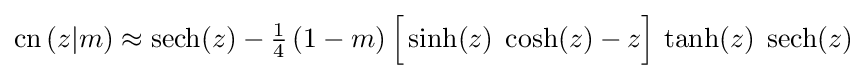
\operatorname {cn} \left(z|m\right)\approx \operatorname {sech} (z)-{\tfrac {1}{4}}\,(1-m)\,{\Bigl [}\sinh(z)\;\cosh(z)-z{\Bigr ]}\,\tanh(z)\;\operatorname {sech} (z)